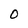
Character: 0